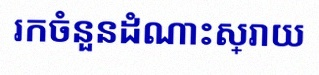
រកចំនួនដំណោះស្រាយ